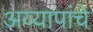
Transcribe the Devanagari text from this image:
अय्यापांचे